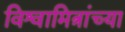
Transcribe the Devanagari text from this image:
विश्वामित्रांच्या